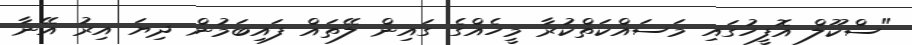
"ސްކޫލް އޮފީހުގައި މަސައްކަތްކުރާ މީހެއްގެ ގައިން ލޭތައް ފައިބަމުން ދިޔަ އިރު އޭނާ